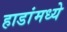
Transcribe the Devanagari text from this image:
हाडांमध्ये